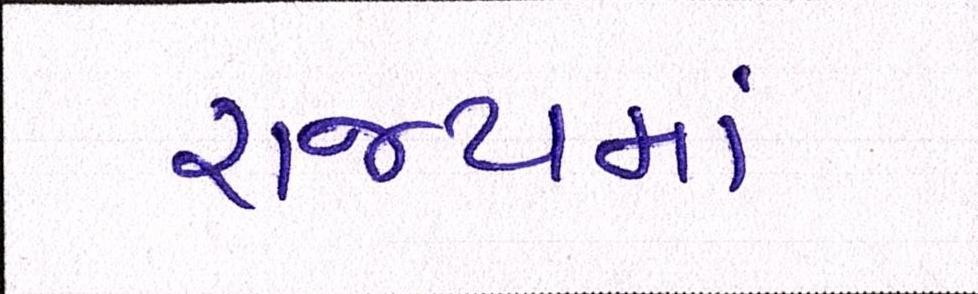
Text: રાજ્યમાં